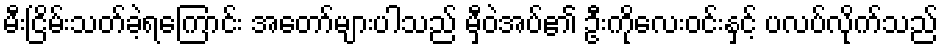
မီးငြိမ်းသတ်ခဲ့ရကြောင်း အတော်များပါသည် မှီဝဲအပ်၏ ဦးကိုလေးဝင်းနှင့် ပလပ်လိုက်သည်